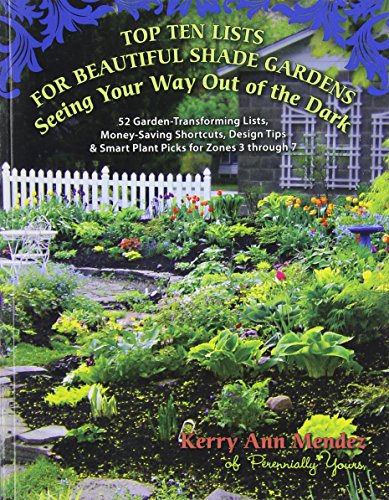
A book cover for Top Ten Lists for Beautiful Shade Gardens: Seeing Your Way Out of the Dark: 52 Garden-Transforming Lists, Money-Saving Shortcuts, Design Tips & Smart Plant Picks for Zones 3 Through 7; Kerry Ann Mendez; Crafts, Hobbies & Home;